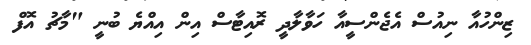
ޒިންހުއާ ނިއުސް އެޖެންސީއާ ހަވާލާދީ ރޮއިޓާސް އިން އިއްޔެ ބުނީ "މާޗު އޮފް